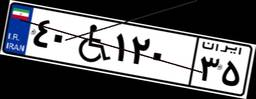
۴۰W۱۲۰۳۵